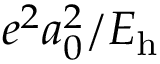
e ^ { 2 } a _ { 0 } ^ { 2 } / E _ { \mathrm { h } }